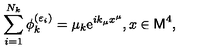
\sum _ { i = 1 } ^ { N _ { k } } \phi _ { k } ^ { ( \varepsilon _ { i } ) } = \mu _ { k } \mathrm { e } ^ { i k _ { \mu } x ^ { \mu } } , x \in { \sf M } ^ { 4 } ,